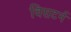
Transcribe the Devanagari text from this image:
विसटर्न